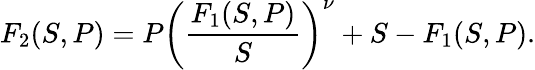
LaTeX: F_{2}(S,P)=P\left(\frac{F_{1}(S,P)}{S}\right)^{\nu}+S-F_{1}(S,P).